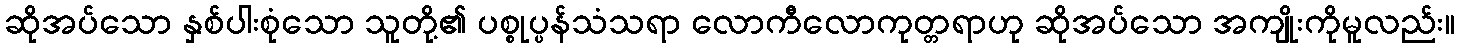
ဆိုအပ်သော နှစ်ပါးစုံသော သူတို့၏ ပစ္စုပ္ပန်သံသရာ လောကီလောကုတ္တရာဟု ဆိုအပ်သော အကျိုးကိုမူလည်း။